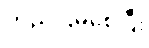
တည်ငြိမ်စေပြီး